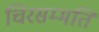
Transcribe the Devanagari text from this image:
चिरसम्मति